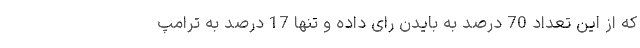
که از این تعداد 70 درصد به بایدن رای داده و تنها 17 درصد به ترامپ